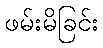
ဖမ်းမိခြင်း